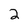
Character: 2